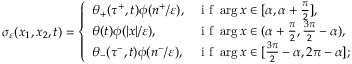
\sigma _ { \varepsilon } ( x _ { 1 } , x _ { 2 } , t ) = \left\{ \begin{array} { l l } { \theta _ { + } ( \tau ^ { + } , t ) \phi ( n ^ { + } / \varepsilon ) , } & { \mathrm { ~ i ~ f ~ } \arg x \in [ \alpha , \alpha + \frac { \pi } { 2 } ] , } \\ { \theta ( t ) \phi ( | x | / \varepsilon ) , } & { \mathrm { ~ i ~ f ~ } \arg x \in ( \alpha + \frac { \pi } { 2 } , \frac { 3 \pi } { 2 } - \alpha ) , } \\ { \theta _ { - } ( \tau ^ { - } , t ) \phi ( n ^ { - } / \varepsilon ) , } & { \mathrm { ~ i ~ f ~ } \arg x \in [ \frac { 3 \pi } { 2 } - \alpha , 2 \pi - \alpha ] ; } \end{array} \right.